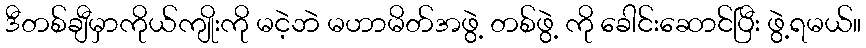
ဒီတစ်ချီမှာကိုယ်ကျိုးကို မငဲ့ဘဲ မဟာမိတ်အဖွဲ့ တစ်ဖွဲ့ ကို ခေါင်းဆောင်ပြီး ဖွဲ့ရမယ်။